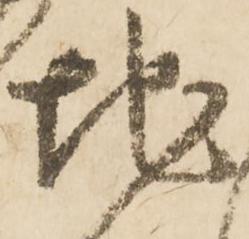
地